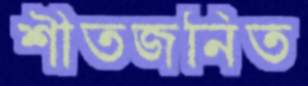
শীতজনিত